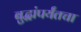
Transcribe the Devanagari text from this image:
बुद्धांपर्यंतचा